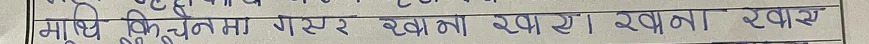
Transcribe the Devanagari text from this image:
मुख्य विघटनमा गएर बगाना राखाए । खाना एखम्